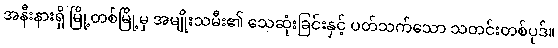
အနီးနားရှိ မြို့တစ်မြို့မှ အမျိုးသမီး၏ သေဆုံးခြင်းနှင့် ပတ်သက်သော သတင်းတစ်ပုဒ်။